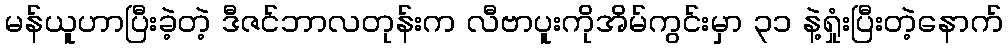
မန်ယူဟာပြီးခဲ့တဲ့ ဒီဇင်ဘာလတုန်းက လီဗာပူးကိုအိမ်ကွင်းမှာ ၃၁ နဲ့ရှုံးပြီးတဲ့နောက်